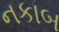
નકાબ